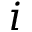
i